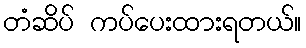
တံဆိပ် ကပ်ပေးထားရတယ်။